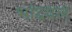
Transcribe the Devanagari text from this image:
भांदवल